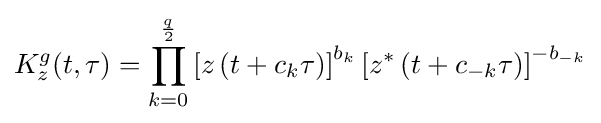
K_{z}^{g}(t,\tau )=\prod _{k=0}^{\frac {q}{2}}\left[z\left(t+c_{k}\tau \right)\right]^{b_{k}}\left[z^{*}\left(t+c_{-k}\tau \right)\right]^{-b_{-k}}